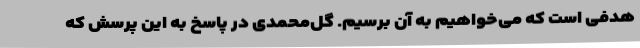
هدفی است که می‌خواهیم به آن برسیم. گل‌محمدی در پاسخ به این پرسش که